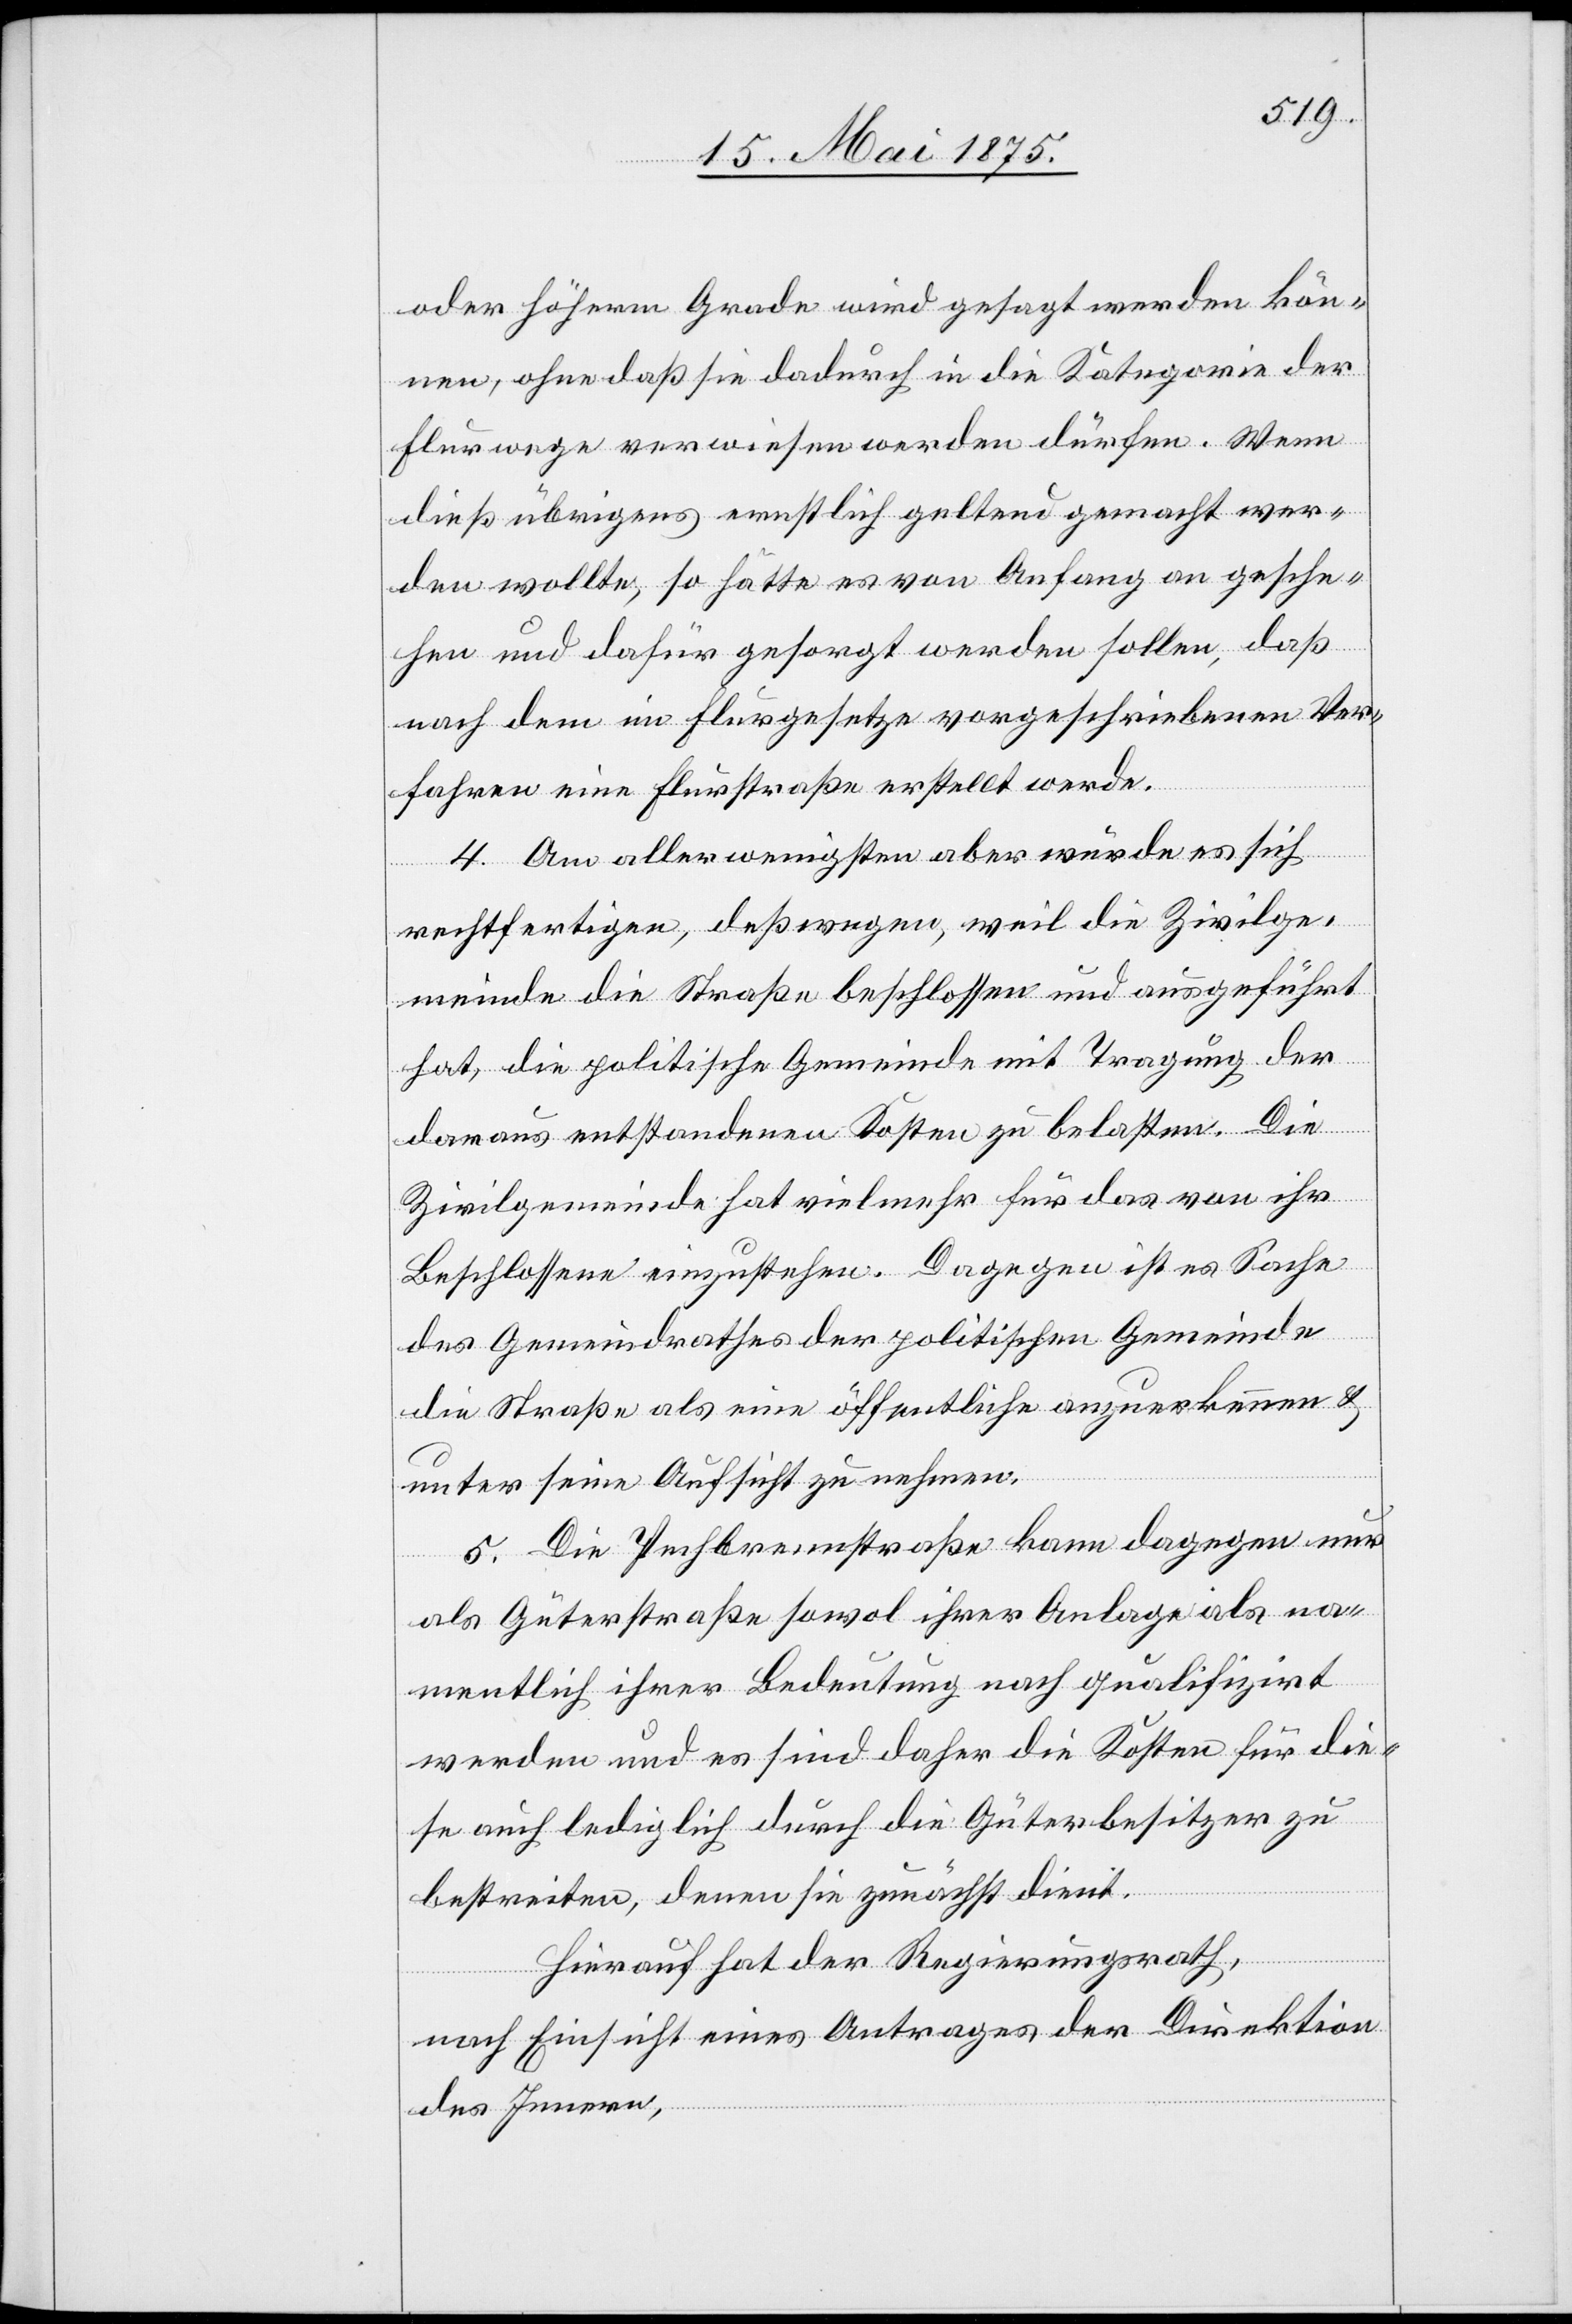
oder höherem Grade wird gesagt werden kön¬
nen, ohne daß sie dadurch in die Kategorie der
Flurwege verwiesen werden dürfen. Wenn
dieß übrigens ernstlich geltend gemacht wer¬
den wollte, so hätte es von Anfang an gesche¬
hen und dafür gesorgt werden sollen, daß
nach dem im Flurgesetze vorgeschriebenen Ver¬
fahren eine Flurstraße erstellt werde.
4. Am aller wenigsten aber würde es sich
rechtfertigen, deßwegen, weil die Zivilge¬
meinde die Straße beschlossen und ausgeführt
hat, die politische Gemeinde mit Tragung der
daraus entstandenen Kosten zu belasten. Die
Zivilgemeinde hat vielmehr für das von ihr
Beschlossene einzustehen. Dagegen ist es Sache
des Gemeindrathes der politischen Gemeinde
die Straße als eine öffentliche anzuerkennen &
unter seine Aufsicht zu nehmen.
5. Die Pechbrennstraße kann dagegen nur
als Güterstraße sowol ihrer Anlage als na¬
mentlich ihrer Bedeutung nach qualifizirt
werden und es sind daher die Kosten für die¬
se auch lediglich durch die Güterbesitzer zu
bestreiten, deren sie zunächst dient.
Hierauf hat der Regierungsrath,
nach Einsicht eines Antrages der Direktion
des Innern,